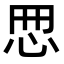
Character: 𢘁